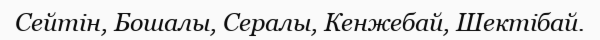
Сейтін, Бошалы, Сералы, Кенжебай, Шектібай.